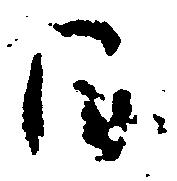
日